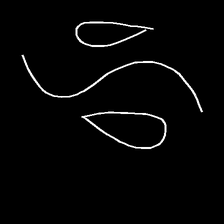
Glyph: water